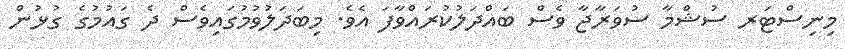
މިނިސްޓަރ ސުޝްމާ ސުވަރާޖާ ވެސް ބައްދަލުކުރައްވާފަ އެވެ. މިބަދަލުވުމުގައިވެސް ދެ ގައުމުގެ ގުޅުން